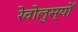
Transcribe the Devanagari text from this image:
रेवोलुस्योँ